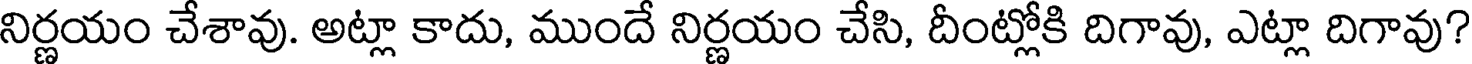
నిర్ణయం చేశావు. అట్లా కాదు, ముందే నిర్ణయం చేసి, దీంట్లోకి దిగావు, ఎట్లా దిగావు?